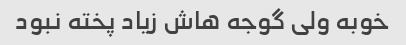
خوبه ولی گوجه هاش زیاد پخته نبود